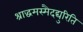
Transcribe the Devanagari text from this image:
श्राद्धमस्मैदद्युरिति